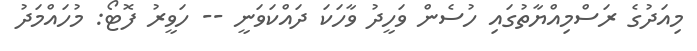
މިއަދުގެ ރަސްމިއްޔާތުގައި ހުސެން ވަހީދު ވާހަކަ ދައްކަވަނީ -- ހަވީރު ފޮޓޯ: މުހައްމަދު